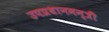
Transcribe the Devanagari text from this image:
उपप्रधानमन्त्री